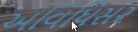
અવિધિસર